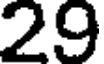
29